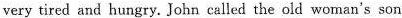
very tired and hungry. John called the old woman's son